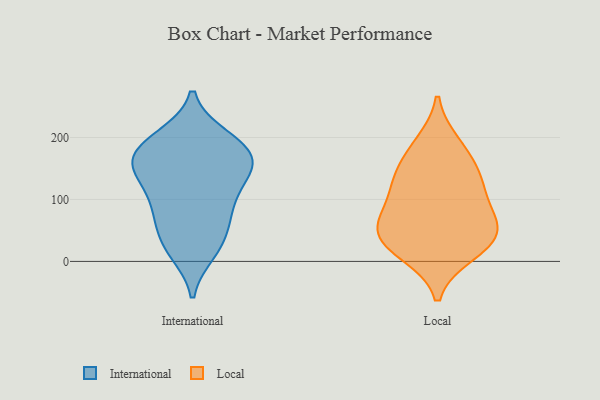
{"axis": {"x": "Page Views", "y": "Value"}, "legend": ["International", "Local"], "data": [{"x": "", "y": 155, "type": "International"}, {"x": "", "y": 25, "type": "International"}, {"x": "", "y": 79, "type": "International"}, {"x": "", "y": 142, "type": "International"}, {"x": "", "y": 144, "type": "International"}, {"x": "", "y": 104, "type": "International"}, {"x": "", "y": 131, "type": "International"}, {"x": "", "y": 81, "type": "International"}, {"x": "", "y": 196, "type": "International"}, {"x": "", "y": 68, "type": "International"}, {"x": "", "y": 30, "type": "International"}, {"x": "", "y": 16, "type": "International"}, {"x": "", "y": 165, "type": "International"}, {"x": "", "y": 170, "type": "International"}, {"x": "", "y": 171, "type": "International"}, {"x": "", "y": 200, "type": "International"}, {"x": "", "y": 191, "type": "International"}, {"x": "", "y": 46, "type": "Local"}, {"x": "", "y": 127, "type": "Local"}, {"x": "", "y": 172, "type": "Local"}, {"x": "", "y": 34, "type": "Local"}, {"x": "", "y": 22, "type": "Local"}, {"x": "", "y": 57, "type": "Local"}, {"x": "", "y": 127, "type": "Local"}, {"x": "", "y": 190, "type": "Local"}, {"x": "", "y": 68, "type": "Local"}, {"x": "", "y": 76, "type": "Local"}, {"x": "", "y": 127, "type": "Local"}, {"x": "", "y": 13, "type": "Local"}]}